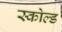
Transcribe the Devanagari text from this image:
स्कोल्ड